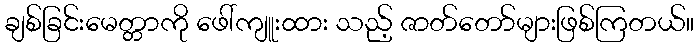
ချစ်ခြင်းမေတ္တာကို ဖေါ်ကျူးထား သည့် ဇာတ်တော်များဖြစ်ကြတယ်။